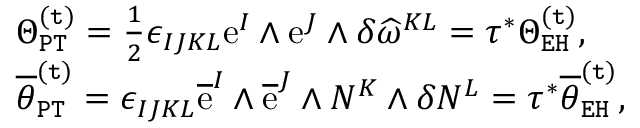
\begin{array} { r l } & { \Theta _ { \mathtt { P T } } ^ { \mathtt { ( t ) } } = \frac { 1 } { 2 } \epsilon _ { I J K L } \mathrm { e } ^ { I } \wedge \mathrm { e } ^ { J } \wedge \delta \widehat { \omega } ^ { K L } = \tau ^ { * } \Theta _ { \mathtt { E H } } ^ { \mathtt { ( t ) } } , } \\ & { \overline { { \theta } } _ { \mathtt { P T } } ^ { \mathtt { ( t ) } } = \epsilon _ { I J K L } \overline { { \mathrm { e } } } ^ { I } \wedge \overline { { \mathrm { e } } } ^ { J } \wedge N ^ { K } \wedge \delta N ^ { L } = \tau ^ { * } \overline { { \theta } } _ { \mathtt { E H } } ^ { \mathtt { ( t ) } } , } \end{array}